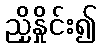
ညှိနှိုင်း၍